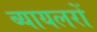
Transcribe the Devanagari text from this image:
ब्यायलरों